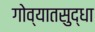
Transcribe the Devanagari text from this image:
गोव्यातसुद्धा